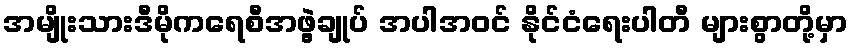
အမျိုးသားဒီမိုကရေစီအဖွဲ့ချုပ် အပါအဝင် နိုင်ငံရေးပါတီ များစွာတို့မှာ